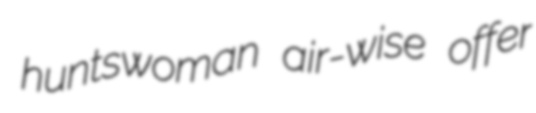
huntswoman air-wise offer